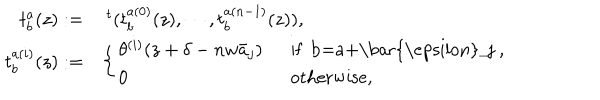
\begin{array} { r l } { { t _ { b } ^ { a } ( z ) : = } } & { { ~ ^ { t } ( t _ { b } ^ { a ( 0 ) } ( z ) , \cdots , t _ { b } ^ { a ( n - 1 ) } ( z ) ) , } } \\ { { t _ { b } ^ { a ( i ) } ( z ) : = } } & { { \left\{ \begin{array} { l l } { { \theta ^ { ( i ) } ( z + \delta - n w \bar { a } _ { j } ) ~ ~ } } & { { \mathrm { i f ~ b = a + \bar { \ e p s i l o n } _ { j } ~ , ~ } } } \\ { { 0 ~ ~ } } & { { \mathrm { o t h e r w i s e , } } } \\ \end{array} \right. } } \\ \end{array}